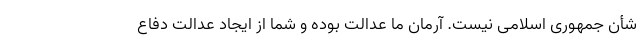
شأن جمهوری اسلامی نیست. آرمان ما عدالت بوده و شما از ایجاد عدالت دفاع